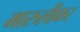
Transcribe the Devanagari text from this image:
मारुलीकर